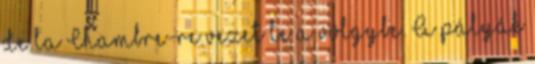
de la Chambre-re vezet le a völgybe. A pályák